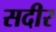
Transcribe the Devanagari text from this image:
सदीर